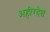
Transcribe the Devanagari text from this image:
अहीरदेश